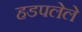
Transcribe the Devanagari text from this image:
हडपलेले